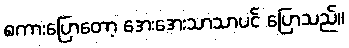
စကားပြောတော့ အေးအေးသာသာပင် ပြောသည်။